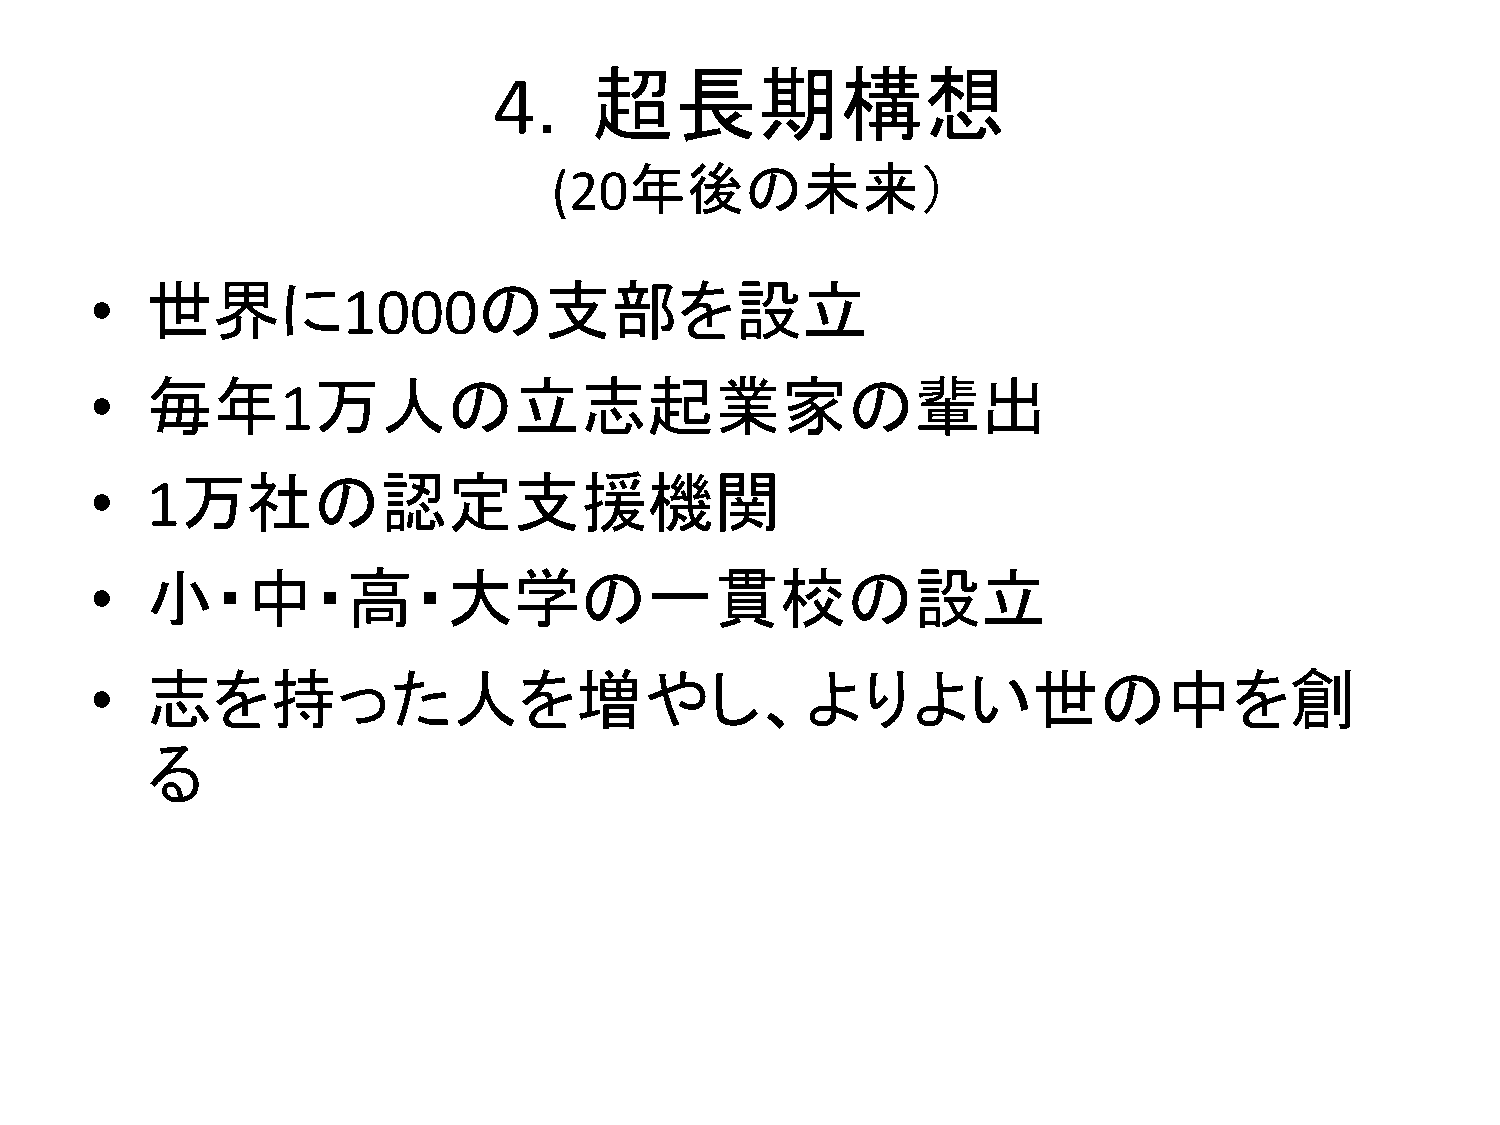
．超長期構想
 4
 年後の未来）
 (20
 •   世界に          1000の支部を設立
 •   毎年       1万人の立志起業家の輩出
 •   1万社の認定支援機関
 •   小・中・高・大学の一貫校の設立
 •   志を持った人を増やし、よりよい世の中を創
 る